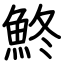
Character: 鮗